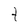
Character: t